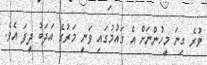
ވުރެ ގިނަ މީހުންނަށް އެ ގައުމުގައި ވަނީ މަރުގެ އަދަބު ދީފަ އެވެ.